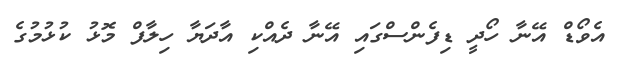
އެވޯޑް އޭނާ ހޯދީ ޑިފެންސްގައި އޭނާ ދެއްކި އާދަޔާ ހިލާފް މޮޅު ކުޅުމުގެ